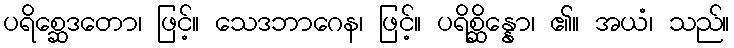
ပရိစ္ဆေဒတော၊ ဖြင့်။ သေဒဘာဂေန၊ ဖြင့်။ ပရိစ္ဆိန္နော၊ ၏။ အယံ၊ သည်။